Annual report of the Bengal Veterinary College and of the Civil Veterinary Department, Bengal, for the year 1908-1909 - 1908-1909
Year: 1908
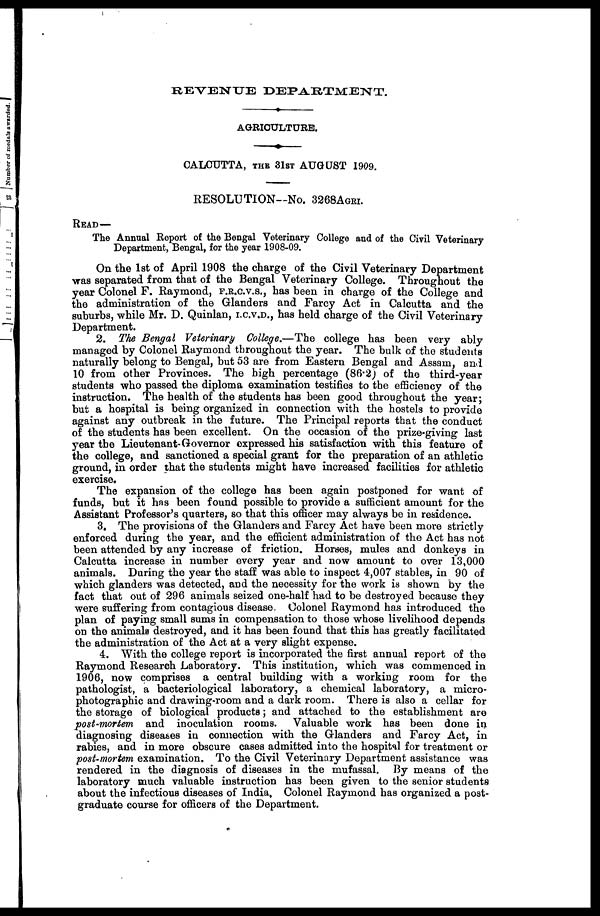
REVENUE DEPARTMENT.
AGRICULTURE.
CALCUTTA, THE 31ST AUGUST 1909.
RESOLUTION––No. 3268AGRI.
READ—
The Annual Report of the Bengal Veterinary College and of the Civil Veterinary
Department, Bengal, for the year 1908-09.
On the 1st of April 1908 the charge of the Civil Veterinary Department
was separated from that of the Bengal Veterinary College. Throughout the
year Colonel F. Raymond, F.R.C.V.S., has been in charge of the College and
the administration of the Glanders and Farcy Act in Calcutta and the
suburbs, while Mr. D. Quinlan, I.C.V.D., has held charge of the Civil Veterinary
Department.
2. The Bengal Veterinary College.—The college has been very ably
managed by Colonel Raymond throughout the year. The bulk of the students
naturally belong to Bengal, but 53 are from Eastern Bengal and Assam, and
10 from other Provinces. The high percentage (86.2) of the third-year
students who passed the diploma examination testifies to the efficiency of the
instruction. The health of the students has been good throughout the year;
but a hospital is being organized in connection with the hostels to provide
against any outbreak in the future. The Principal reports that the conduct
of the students has been excellent. On the occasion of the prize-giving last
year the Lieutenant-Governor expressed his satisfaction with this feature of
the college, and sanctioned a special grant for the preparation of an athletic
ground, in order that the students might have increased facilities for athletic
exercise.
The expansion of the college has been again postponed for want of
funds, but it has been found possible to provide a sufficient amount for the
Assistant Professor's quarters, so that this officer may always be in residence.
3. The provisions of the Glanders and Farcy Act have been more strictly
enforced during the year, and the efficient administration of the Act has not
been attended by any increase of friction. Horses, mules and donkeys in
Calcutta increase in number every year and now amount to over 13,000
animals. During the year the staff was able to inspect 4,007 stables, in 90 of
which glanders was detected, and the necessity for the work is shown by the
fact that out of 296 animals seized one-half had to be destroyed because they
were suffering from contagious disease. Colonel Raymond has introduced the
plan of paying small sums in compensation to those whose livelihood depends
on the animals destroyed, and it has been found that this has greatly facilitated
the administration of the Act at a very slight expense.
4. With the college report is incorporated the first annual report of the
Raymond Research Laboratory. This institution, which was commenced in
1906, now comprises a central building with a working room for the
pathologist, a bacteriological laboratory, a chemical laboratory, a micro-
photographic and drawing-room and a dark room. There is also a cellar for
the storage of biological products; and attached to the establishment are
post-mortem and inoculation rooms. Valuable work has been done in
diagnosing diseases in connection with the Glanders and Farcy Act, in
rabies, and in more obscure cases admitted into the hospital for treatment or
post-mortem examination. To the Civil Veterinary Department assistance was
rendered in the diagnosis of diseases in the mufassal. By means of the
laboratory much valuable instruction has been given to the senior students
about the infectious diseases of India, Colonel Raymond has organized a post-
graduate course for officers of the Department.